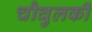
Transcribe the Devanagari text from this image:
चौघुलकी